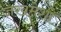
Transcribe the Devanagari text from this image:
जखमेशी